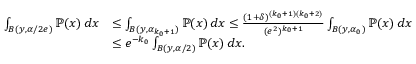
\begin{array} { r l } { \int _ { B ( y , \alpha / 2 e ) } \mathbb { P } ( x ) \, d x } & { \leq \int _ { B ( y , \alpha _ { k _ { 0 } + 1 } ) } \mathbb { P } ( x ) \, d x \leq \frac { ( 1 + \delta ) ^ { ( k _ { 0 } + 1 ) ( k _ { 0 } + 2 ) } } { ( e ^ { 2 } ) ^ { k _ { 0 } + 1 } } \int _ { B ( y , \alpha _ { 0 } ) } \mathbb { P } ( x ) \, d x } \\ & { \leq e ^ { - k _ { 0 } } \int _ { B ( y , \alpha / 2 ) } \mathbb { P } ( x ) \, d x . } \end{array}